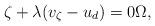
LaTeX: \begin{align*} \zeta + \lambda(v_\zeta - u_d) = 0 \Omega,\end{align*}